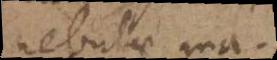
nebulae ma-